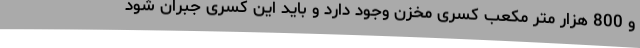
و 800 هزار متر مکعب کسری مخزن وجود دارد و باید این کسری جبران شود